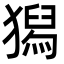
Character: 獡